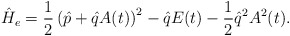
\begin{align*}\hat{H}_e=\frac{1}{2}\left(\hat{p}+\hat{q}A(t)\right)^2-\hat{q}E(t)-\frac{1}{2}\hat{q}^2A^2(t).\end{align*}